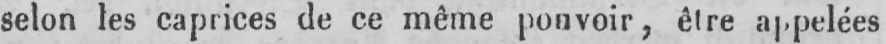
selon les caprices de ce même pouvoir, être appelées